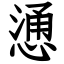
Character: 慂